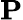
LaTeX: \mathbf{P}